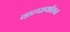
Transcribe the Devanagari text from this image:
वान्पार्यातन